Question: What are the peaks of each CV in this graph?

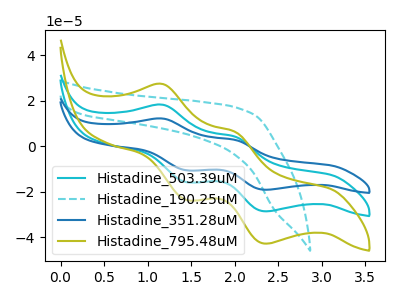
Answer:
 <answer>The cyan curve "Histadine_503.39uM" has anodic peaks at (1.15V, 18.30uA) (2.00V, 4.25uA) and cathodic peaks at (1.45V, -15.75uA) (2.35V, -28.60uA). The cyan dashed curve "Histadine_190.25uM" has no peaks. The blue curve "Histadine_351.28uM" has anodic peaks at (1.15V, 36.65uA) (2.00V, 8.50uA) and cathodic peaks at (1.45V, -31.50uA) (2.35V, -57.15uA). The olive curve "Histadine_795.48uM" has anodic peaks at (1.15V, 27.45uA) (2.00V, 6.35uA) and cathodic peaks at (1.45V, -23.60uA) (2.35V, -42.80uA).</answer>
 <eval></eval>